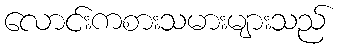
လောင်းကစားသမားများသည်